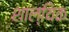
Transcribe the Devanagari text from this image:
शाल्यिक